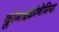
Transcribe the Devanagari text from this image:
क्लोमाइक्रोनेमिया